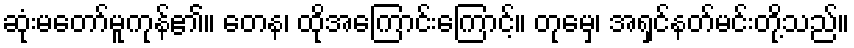
ဆုံးမတော်မူကုန်၏။ တေန၊ ထိုအကြောင်းကြောင့်။ တုမှေ၊ အရှင်နတ်မင်းတို့သည်။